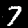
Digit: 7